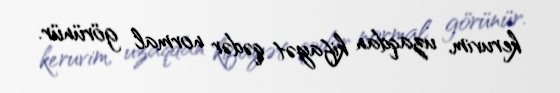
keruvim, uzaqdan kifayət qədər normal görünür.